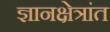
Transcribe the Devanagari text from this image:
ज्ञानक्षेत्रांत